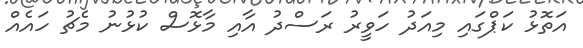
އަތޮޅު ކަޕްގައި މިއަދު ހަވީރު ރަސްދު އާއި މާޅޮސް ކުޅުނު މެޗު ހައެއް